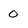
Character: 0